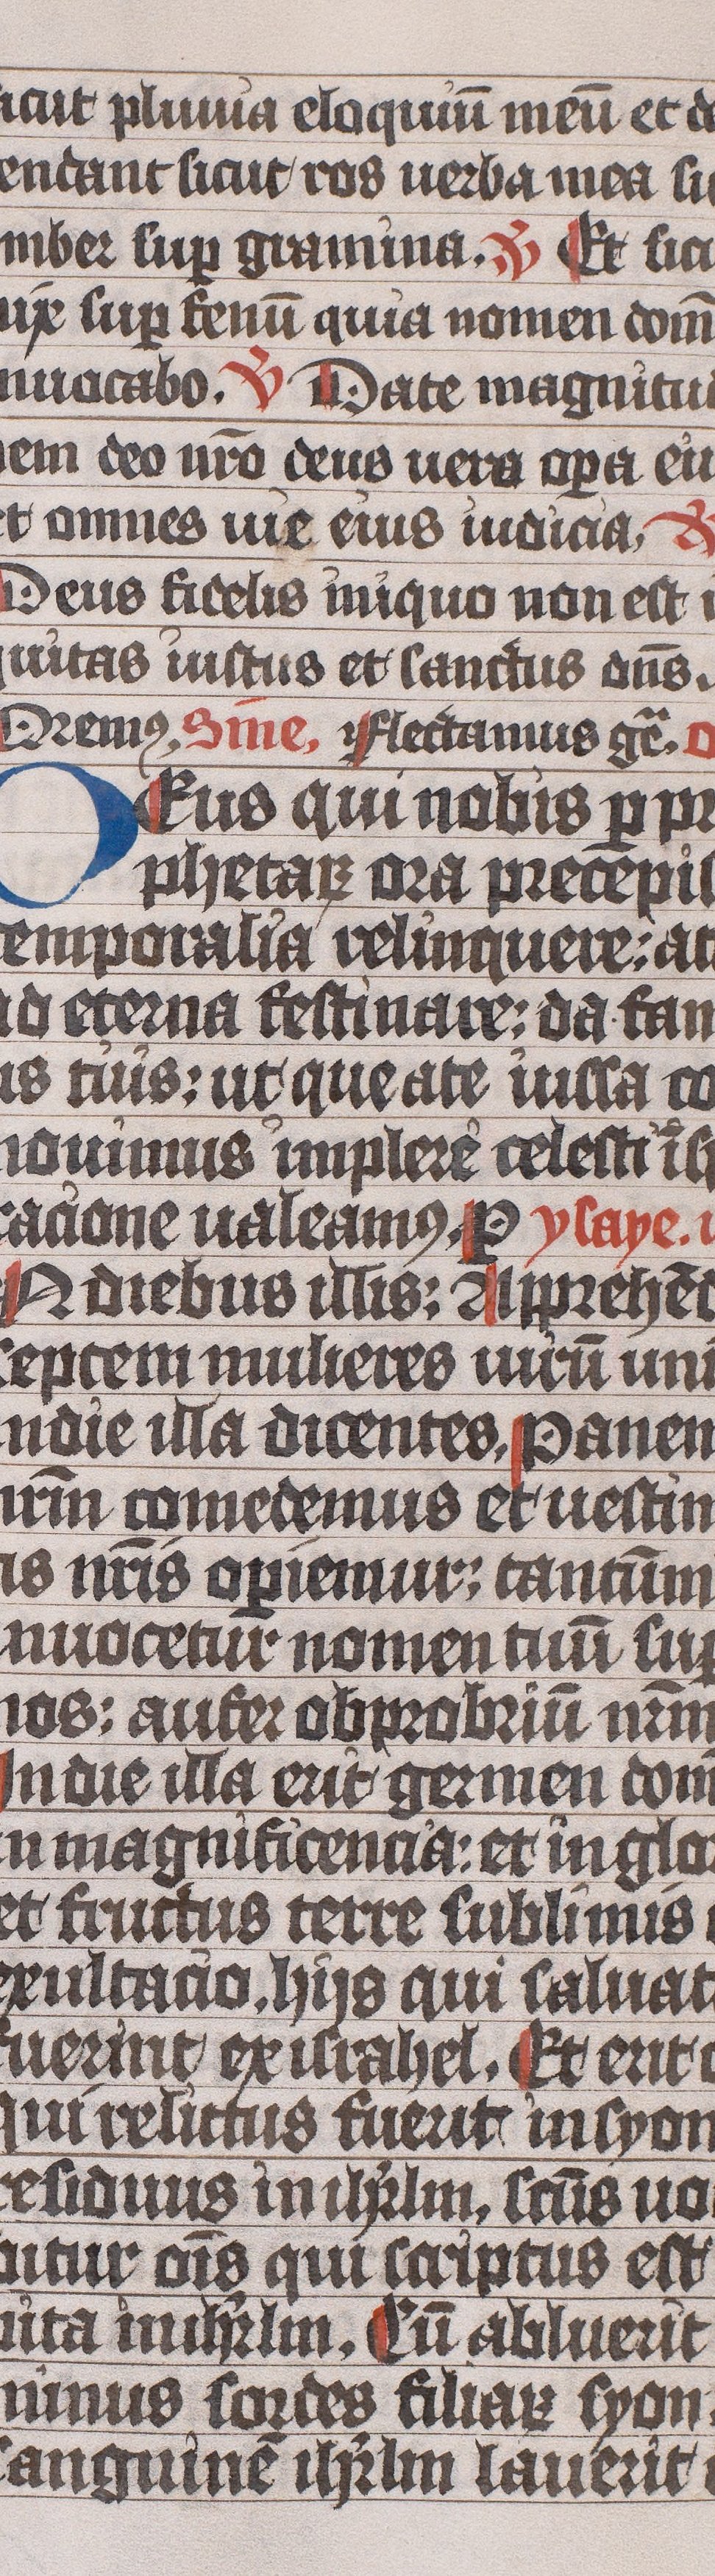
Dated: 1445–1475